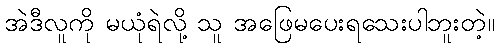
အဲဒီလူကို မယုံရဲလို့ သူ အဖြေမပေးရသေးပါဘူးတဲ့။